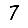
Digit: 7